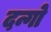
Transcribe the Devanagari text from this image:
दन्गो